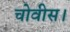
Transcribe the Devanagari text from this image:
चोवीस।